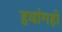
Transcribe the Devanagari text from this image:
हवांगहो